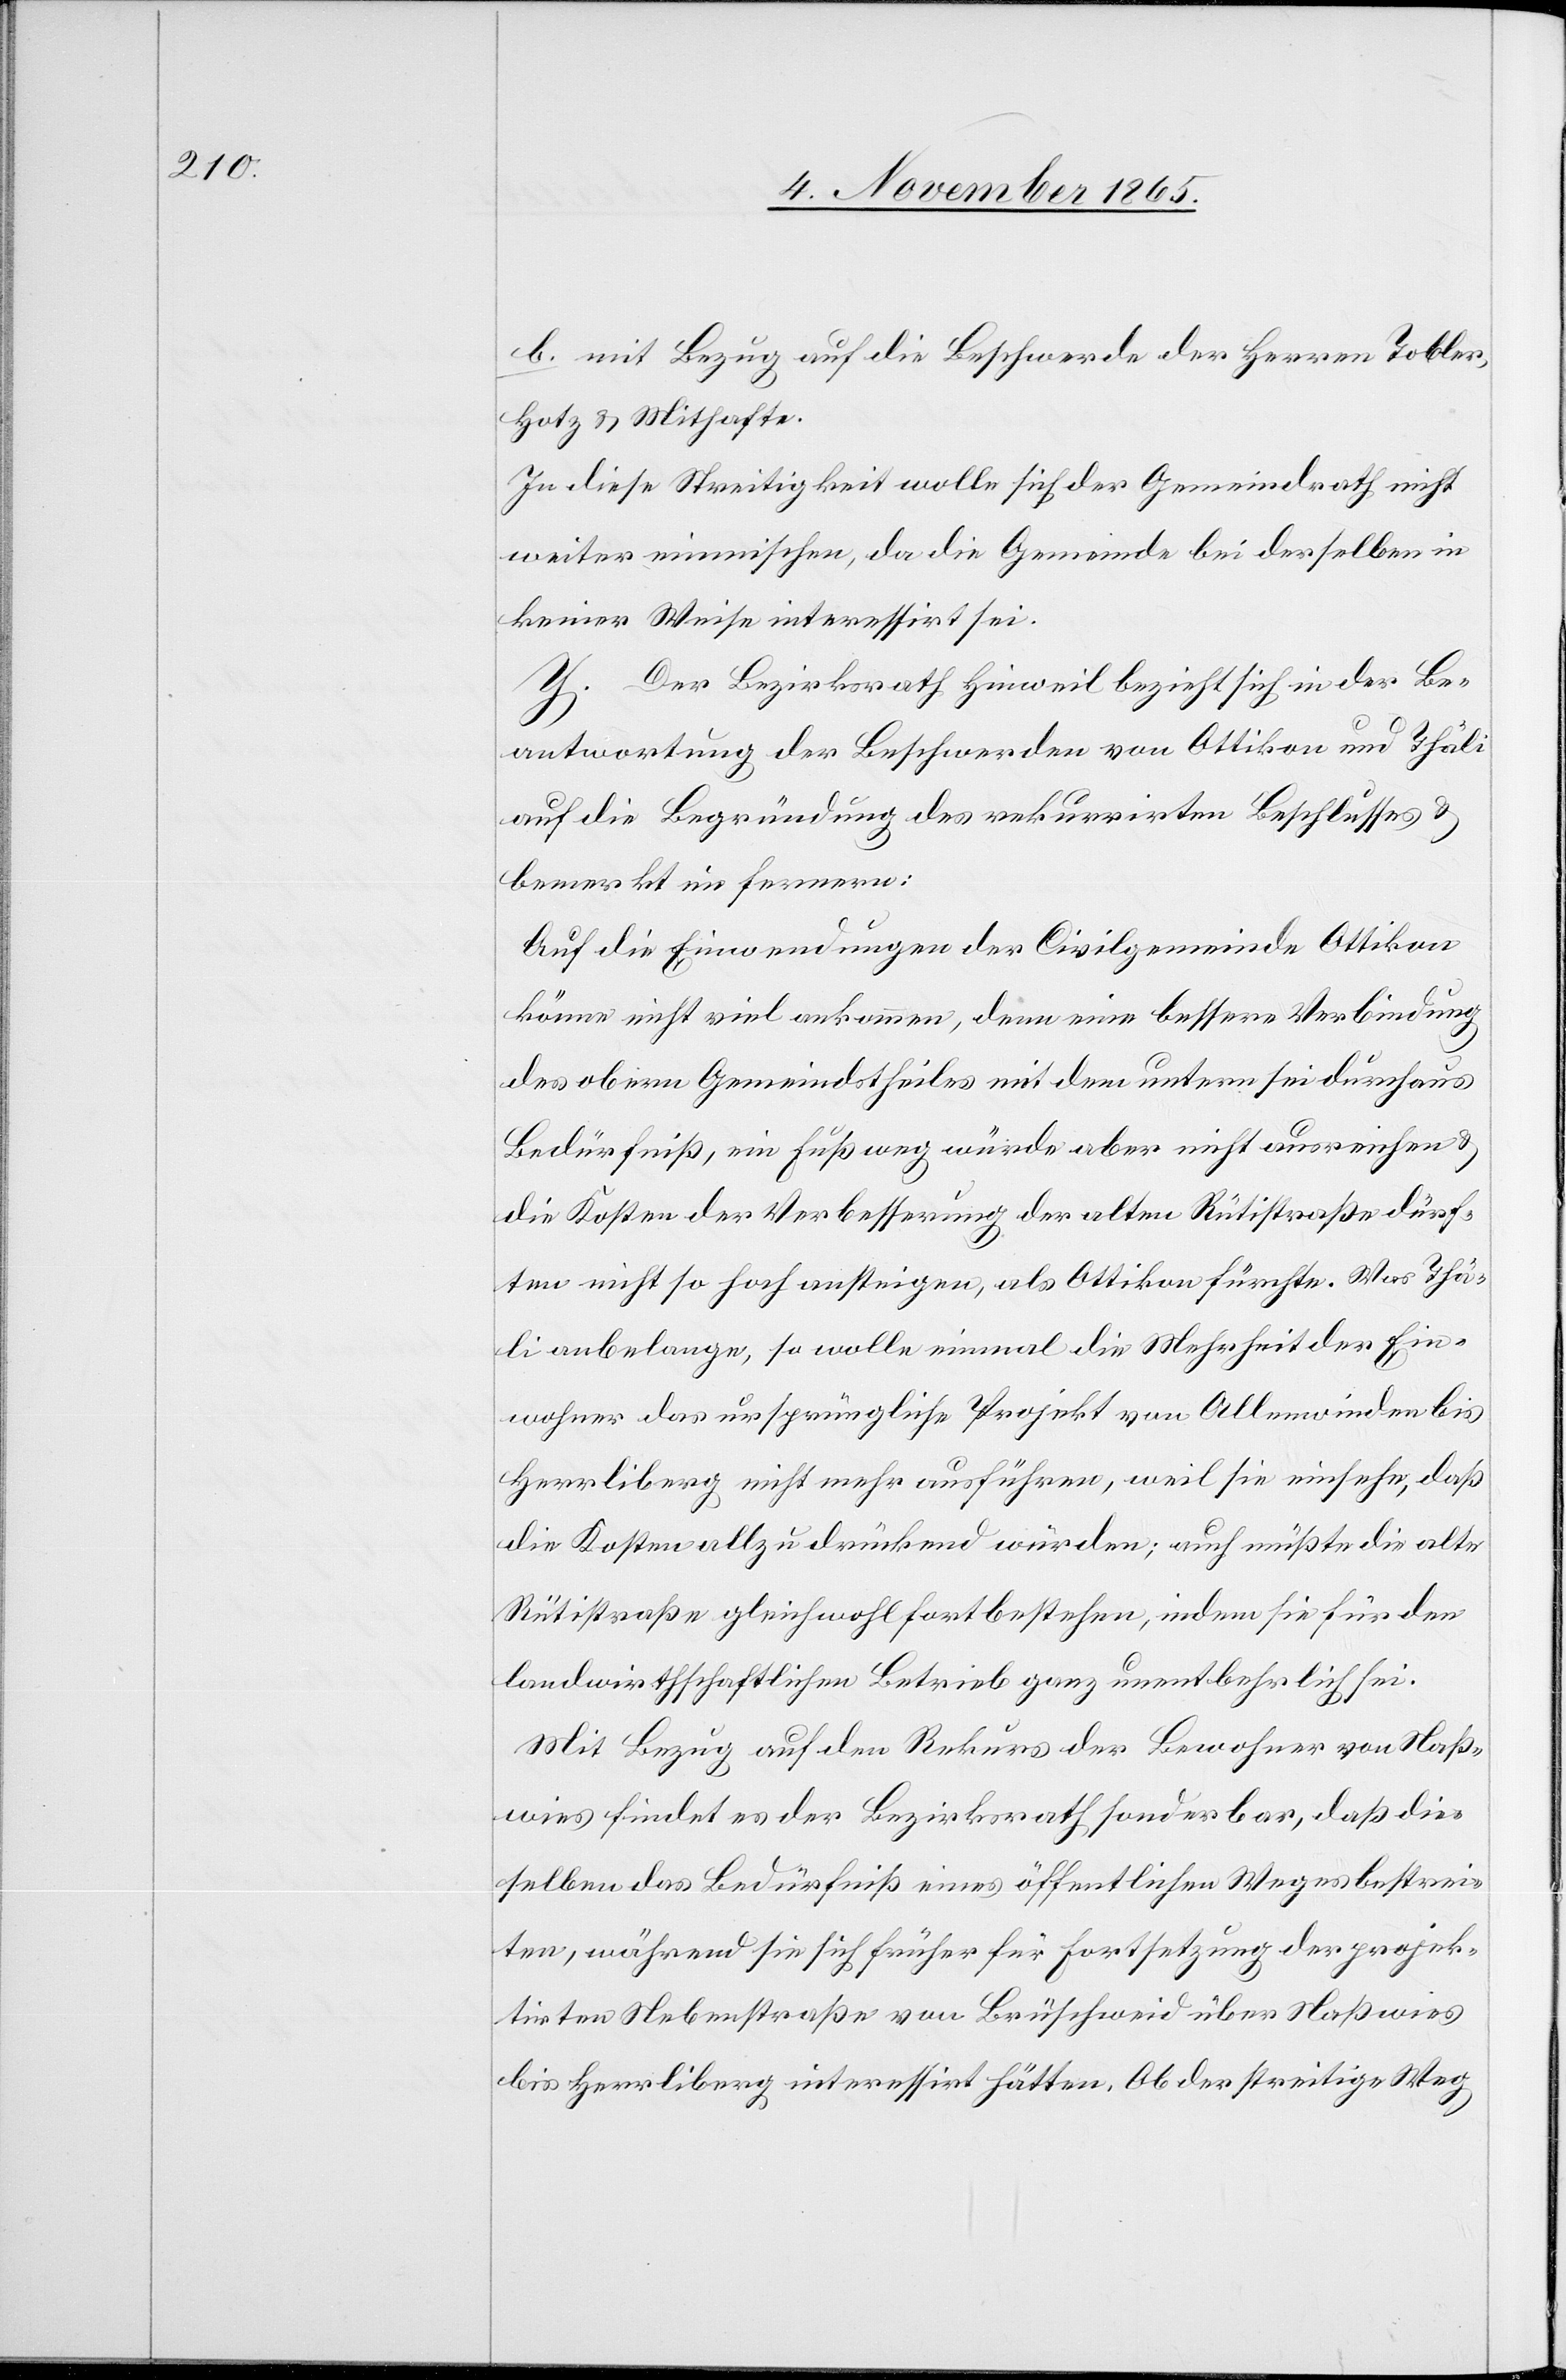
b. mit Bezug auf die Beschwerde der Herren Tobler,
Hotz & Mithafte.
In diese Streitigkeit wolle sich der Gemeindrath nicht
weiter einmischen, da die Gemeinde bei derselben in
keiner Weise interessirt sei.
Y. Der Bezirksrath Hinweil bezieht sich in der Be¬
antwortung der Beschwerden von Ottikon und Thäli
auf die Begründung des rekurrirten Beschlusses &
bemerkt im fernern:
Auf die Einwendungen der Civilgemeinde Ottikon
könne nicht viel ankommen, denn eine bessere Verbindung
des obern Gemeindstheiles mit dem untern sei durchaus
Bedürfniß, ein Fußweg würde aber nicht ausreichen &
die Kosten der Verbesserung der alten Rütistraße dürf¬
ten nicht so hoch ansteigen, als Ottikon fürchte. Was Thä¬
li anbelange, so wolle einmal die Mehrheit der Ein¬
wohner das ursprüngliche Projekt von Allenwinden bis
Herrliberg nicht mehr ausführen, weil sie einsehe, daß
die Kosten allzu drückend würden; auch müßte die alte
Rütistraße gleichwohl fortbestehen, indem sie für den
landwirthschaftlichen Betrieb ganz unentbehrlich sei.
Mit Bezug auf den Rekurs der Bewohner von Naß¬
wies findet es der Bezirksrath sonderbar, daß die¬
selben das Bedürfniß eines öffentlichen Weges bestrei¬
ten, während sie sich früher für Fortsetzung der projek¬
tirten Nebenstraße von Brüschweid über Naßwies
bis Herrliberg interessirt hätten. Ob der streitige Weg